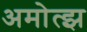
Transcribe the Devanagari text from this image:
अमोत्झ